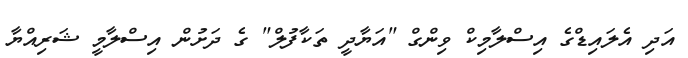
އަދި އެލައިޑްގެ އިސްލާމިކް ވިންގް "އަޔާދީ ތަކާފުލް" ގެ ދަށުން އިސްލާމީ ޝަރިއްޔާ